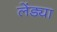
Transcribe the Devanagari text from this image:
लेंड्या